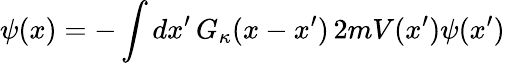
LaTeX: \psi(x)=-\int dx^{\prime}\, G_{\kappa}(x-x^{\prime})\, 2mV(x^{\prime})\psi(x^{\prime})